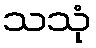
သသုံ